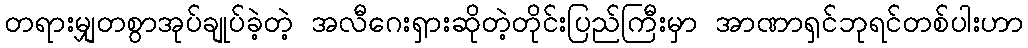
တရားမျှတစွာအုပ်ချုပ်ခဲ့တဲ့ အလီဂေးရှားဆိုတဲ့တိုင်းပြည်ကြီးမှာ အာဏာရှင်ဘုရင်တစ်ပါးဟာ